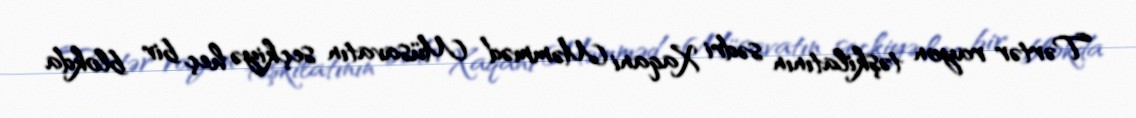
Tərtər rayon təşkilatının sədri Xaqani Məmməd Müsavatın seçkiyə heç bir blokda